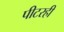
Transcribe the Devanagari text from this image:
पीटरही